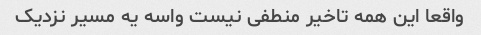
واقعا این همه تاخیر منطفی نیست واسه یه مسیر نزدیک